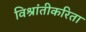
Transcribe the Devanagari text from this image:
विश्रांतीकरिता